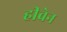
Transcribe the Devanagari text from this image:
हीवेन